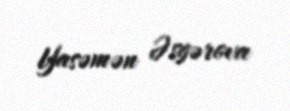
Yasəmən Əsgərova